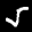
Label: 5